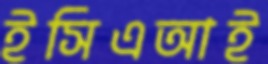
ইসিএআই